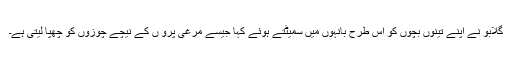
گلابو نے اپنے تینوں بچوں کو اس طرح بانہوں میں سمیٹتے ہوئے کہا جیسے مرغی پرْو ں کے نیچے چْوزوں کو چھْپا لیتی ہے۔